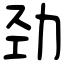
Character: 劲